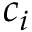
c _ { i }